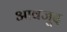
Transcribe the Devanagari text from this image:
आवजूद